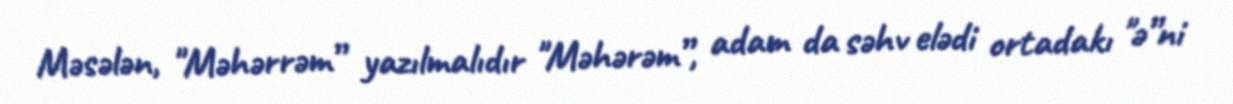
Məsələn, "Məhərrəm” yazılmalıdır "Məhərəm”, adam da səhv elədi ortadakı "ə”ni